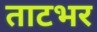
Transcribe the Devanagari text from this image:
ताटभर